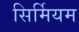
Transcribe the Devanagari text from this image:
सिर्मियम